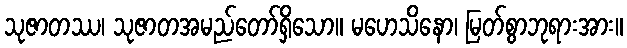
သုဇာတဿ၊ သုဇာတအမည်တော်ရှိသော။ မဟေသိနော၊ မြတ်စွာဘုရားအား။